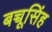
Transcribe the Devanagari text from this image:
बच्चूसिंह